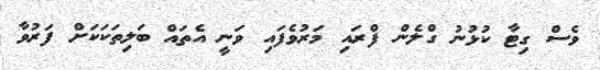
ވެސް ގިޓާ ކުޅުނު ގްލެން ފްރައި މަރުވެފައި ވަނީ އެތައް ބަލިތަކަކަށް ފަރުވާ